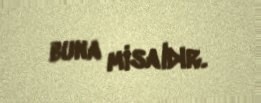
buna misaldır.